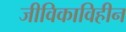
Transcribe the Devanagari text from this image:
जीविकाविहीन